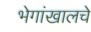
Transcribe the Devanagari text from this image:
भेगांखालचे